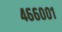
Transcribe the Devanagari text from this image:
४६६००१